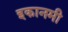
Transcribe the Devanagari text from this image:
इकानमी